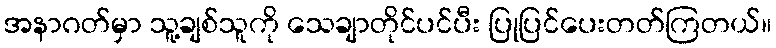
အနာဂတ်မှာ သူ့ချစ်သူကို သေချာတိုင်ပင်ပီး ပြုပြင်ပေးတတ်ကြတယ်။